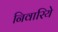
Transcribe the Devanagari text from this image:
निवारिये